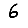
Digit: 6